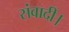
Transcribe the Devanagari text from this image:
संवादी।